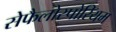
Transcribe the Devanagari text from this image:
सेफैलोस्पोरियम